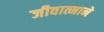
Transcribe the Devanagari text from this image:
जीवात्माने